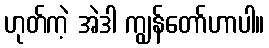
ဟုတ်ကဲ့ အဲဒါ ကျွန်တော်ဟာပါ။